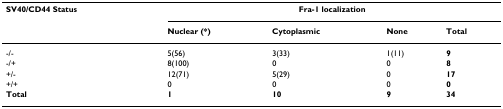
<table><thead><tr><td><b>SV40/CD44 Status</b></td><td colspan="4"><b>Fra-1 localization</b></td></tr><tr><td></td><td><b>Nuclear (*)</b></td><td><b>Cytoplasmic</b></td><td><b>None</b></td><td><b>Total</b></td></tr></thead><tbody><tr><td>-/-</td><td>5(56)</td><td>3(33)</td><td>1(11)</td><td><b>9</b></td></tr><tr><td>-/+</td><td>8(100)</td><td>0</td><td>0</td><td><b>8</b></td></tr><tr><td>+/-</td><td>12(71)</td><td>5(29)</td><td>0</td><td><b>17</b></td></tr><tr><td>+/+</td><td>0</td><td>0</td><td>0</td><td><b>0</b></td></tr><tr><td><b>Total</b></td><td><b>1</b></td><td><b>10</b></td><td><b>9</b></td><td><b>34</b></td></tr></tbody></table>